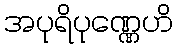
အပုရိပုဏ္ဏေဟိ